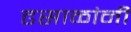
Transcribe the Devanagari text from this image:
ढसाळांनी